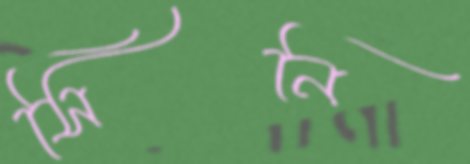
সিনি